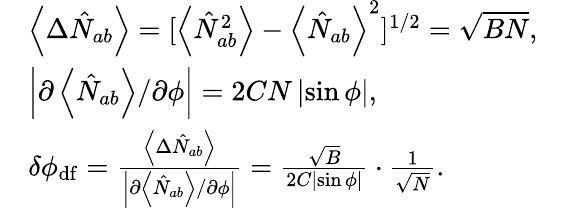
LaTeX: \begin{array}{rlr}&{\left\langle\Delta\hat{N}_{ab}\right\rangle=[\left\langle\hat{N}_{ab}^{2}\right\rangle-\left\langle\hat{N}_{ab}\right\rangle^{2}]^{1/2}=\sqrt{BN},}&\\ &{\left\vert\partial\left\langle\hat{N}_{ab}\right\rangle/\partial\phi\right\vert=2CN\left\vert\sin\phi\right\vert,}&\\ &{\delta\phi_{\mathrm{df}}=\frac{\left\langle\Delta\hat{N}_{ab}\right\rangle}{\left\vert\partial\left\langle\hat{N}_{ab}\right\rangle/\partial\phi\right\vert}=\frac{\sqrt{B}}{2C\left\vert\sin\phi\right\vert}\cdot\frac{1}{\sqrt{N}}.}&\end{array}